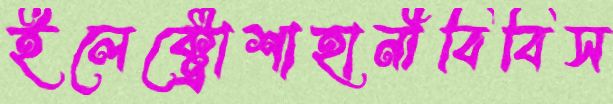
ইলেক্ট্রোশাহানীবিবিস